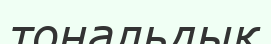
тональдық